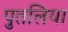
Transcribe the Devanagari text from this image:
पुतलिया